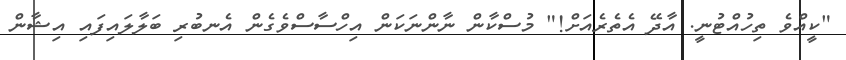
"ކީއްވެ ތިހުއްޓުނީ. އާދޭ އެތެރެއަށް!" މުސްކާން ނާންނަކަން އިހްސާސްވެގެން އެނބުރި ބަލާލައިފައި އިޝާން